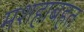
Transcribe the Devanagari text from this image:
मशहाबहत